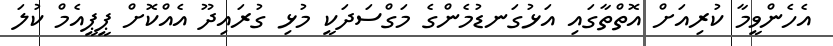
އެހެންވީމާ ކުރިއަށް އޮތްތާގައި އަޅުގަނޑުމެންގެ މަގްސަދަކީ މުޅި ގުރައިދޫ އެއްކޮށް ޕީޕީއެމް ކުލަ